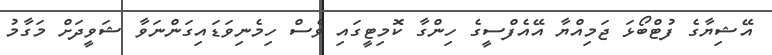
އޭޝިޔާގެ ފުޓްބޯޅަ ޖަމިއްޔާ އޭއެފްސީގެ ހިންގާ ކޮމިޓީގައި ވެސް ހިމެނިވަޑައިގަންނަވާ ޝަވީދަށް މަގާމު